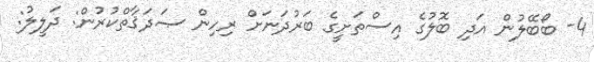
4- ބޯބޭލުން އަދި ބޮލުގެ އިސްތަށީގެ ބަރުދަނަށް ރިހިން ޞަދަޤާތްކުރުން: ދަލީލު: